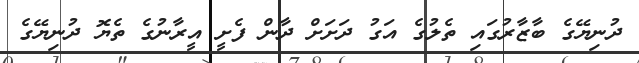
ދުނިޔޭގެ ބާޒާރުގައި ތެލުގެ އަގު ދަށަށް ދާން ފެށީ އީރާނުގެ ތެޔޮ ދުނިޔޭގެ